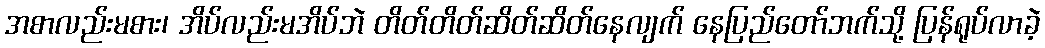
အစာလည်းမစား၊ အိပ်လည်းမအိပ်ဘဲ တိတ်တိတ်ဆိတ်ဆိတ်နေလျက် နေပြည်တော်ဘက်သို့ ပြန်ရုပ်လာခဲ့